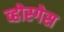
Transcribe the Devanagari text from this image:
व्होस्गेस